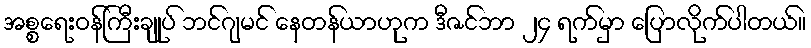
အစ္စရေးဝန်ကြီးချုပ် ဘင်ဂျမင် နေတန်ယာဟုက ဒီဇင်ဘာ ၂၄ ရက်မှာ ပြောလိုက်ပါတယ်။